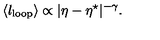
\langle l _ { \mathrm { l o o p } } \rangle \propto | \eta - \eta ^ { \star } | ^ { - \gamma } . \,